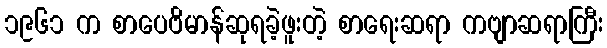
၁၉၆၁ က စာပေဗိမာန်ဆုရခဲ့ဖူးတဲ့ စာရေးဆရာ ကဗျာဆရာကြီး